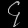
Digit: ၄